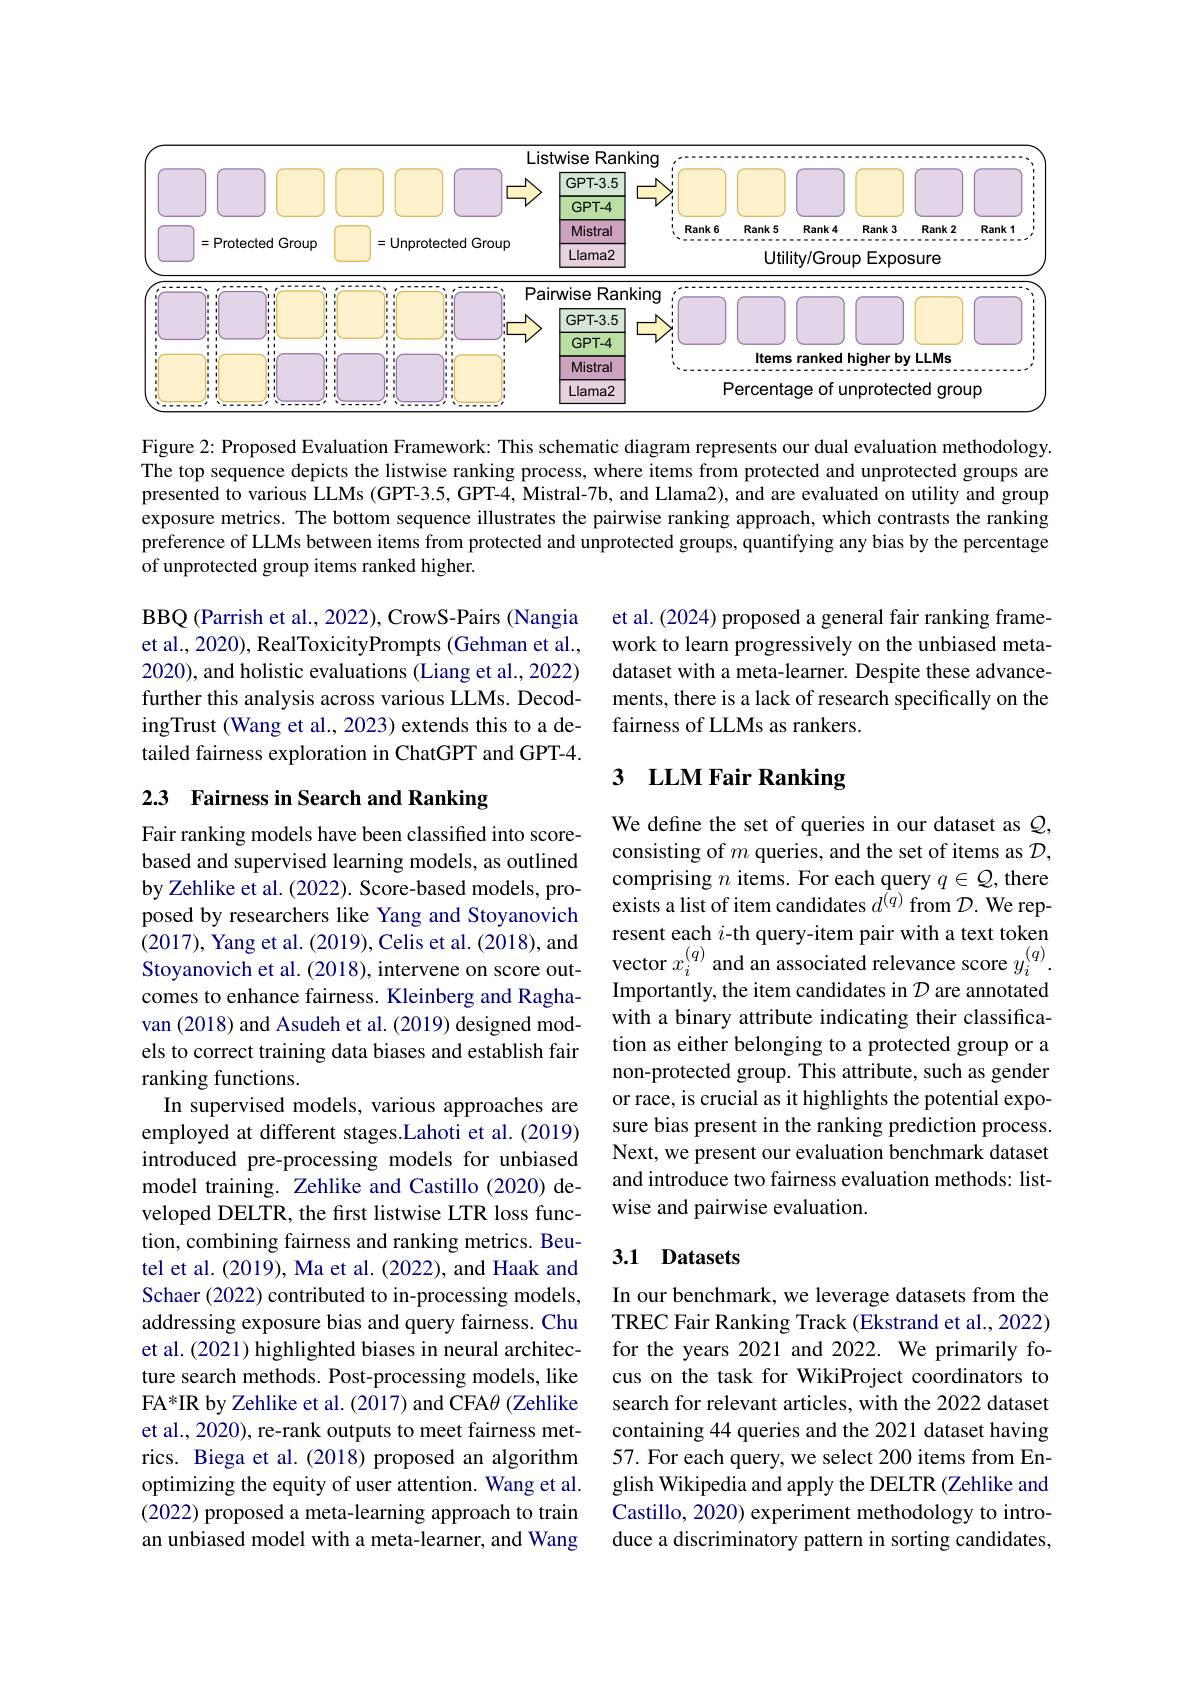
<FigureHere>

Figure 2: Proposed Evaluation Framework: This schematic diagram represents our dual evaluation methodology. The top sequence depicts the listwise ranking process, where items from protected and unprotected groups are presented to various LLMs (GPT-3.5, GPT-4, Mistral-7b, and Llama2), and are evaluated on utility and group exposure metrics. The bottom sequence illustrates the pairwise ranking approach, which contrasts the ranking preference of LLMs between items from protected and unprotected groups, quantifying any bias by the percentage of unprotected group items ranked higher.

et al. (2024) proposed a general fair ranking framework to learn progressively on the unbiased metadataset with a meta-learner. Despite these advancements, there is a lack of research specifically on the fairness of LLMs as rankers.

BBQ (Parrish et al., 2022), CrowS-Pairs (Nangia et al., 2020), RealToxicityPrompts (Gehman et al., 2020), and holistic evaluations (Liang et al., 2022) further this analysis across various LLMs. DecodingTrust (Wang et al., 2023) extends this to a detailed fairness exploration in ChatGPT and GPT-4.

### 3 $\textbf{LLM Fair Ranking}$

2.3 Fairness in Search and Ranking

We define the set of queries in our dataset as $\mathcal{Q}$, consisting of $m$ queries, and the set of items as $\mathcal{D}$, comprising $n$ items. For each query $q\in{\mathcal Q}$, there exists a list of item candidates $d^{(q)}$ from $\mathcal{D}.$ We represent each $i$-th query-item pair with a text token vector $x_i^{(q)}$ and an associated relevance score $y_i^{(q)}$ Importantly, the item candidates in $\mathcal{D}$ are annotated with a binary attribute indicating their classification as either belonging to a protected group or a non-protected group. This attribute, such as gender or race, is crucial as it highlights the potential exposure bias present in the ranking prediction process. Next, we present our evaluation benchmark dataset and introduce two fairness evaluation methods: listwise and pairwise evaluation.

Fair ranking models have been classified into scorebased and supervised learning models, as outlined by Zehlike et al. (2022). Score-based models, proposed by researchers like Yang and Stoyanovich (2017), Yang et al. (2019), Celis et al. (2018), and Stoyanovich et al. (2018), intervene on score outcomes to enhance fairness. Kleinberg and Raghavan (2018) and Asudeh et al. (2019) designed models to correct training data biases and establish fair ranking functions.
In supervised models, various approaches are employed at different stages.Lahoti et al. (2019) introduced pre-processing models for unbiased model training. Zehlike and Castillo (2020) developed DELTR, the first listwise LTR loss function, combining fairness and ranking metrics. Beutel et al. (2019), Ma et al. (2022), and Haak and Schaer (2022) contributed to in-processing models, addressing exposure bias and query fairness. Chu et al. (2021) highlighted biases in neural architecture search methods. Post-processing models, like FA*IR by Zehlike et al. (2017) and CFA$\theta$ (Zehlike et al., 2020), re-rank outputs to meet fairness metrics. Biega et al.(2018) proposed an algorithm optimizing the equity of user attention. Wang et al. (2022) proposed a meta-learning approach to train an unbiased model with a meta-learner, and Wang

### 3.1 Datasets

In our benchmark, we leverage datasets from the TREC Fair Ranking Track (Ekstrand et al., 2022) for the years 2021 and 2022. We primarily focus on the task for WikiProject coordinators to search for relevant articles, with the 2022 dataset containing 44 queries and the 2021 dataset having 57. For each query, we select 200 items from English Wikipedia and apply the DELTR (Zehlike and Castillo, 2020) experiment methodology to introduce a discriminatory pattern in sorting candidates,